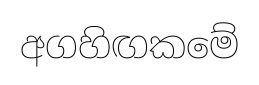
අගහිඟකමේ